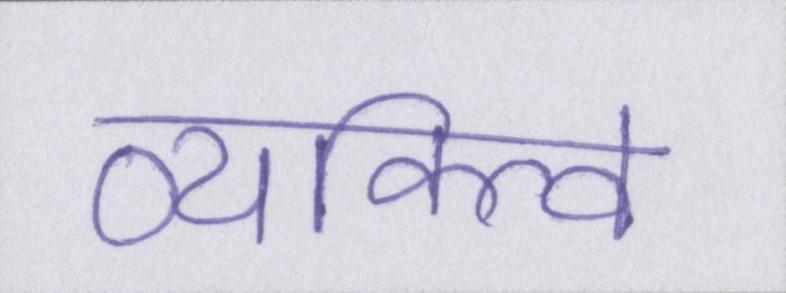
व्यक्त्वि